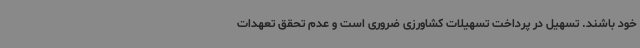
خود باشند. تسهیل در پرداخت تسهیلات کشاورزی ضروری است و عدم تحقق تعهدات